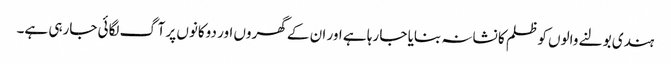
ہندی بولنے والوں کو ظلم کا نشانہ بنایا جا رہا ہے اور ان کے گھروں اور دوکانوں پر آگ لگائی جارہی ہے۔